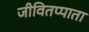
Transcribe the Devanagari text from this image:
जीवितप्पाता